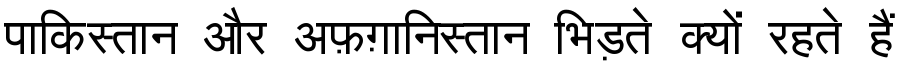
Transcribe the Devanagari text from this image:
पाकिस्तान और अफ़ग़ानिस्तान भिड़ते क्यों रहते हैं